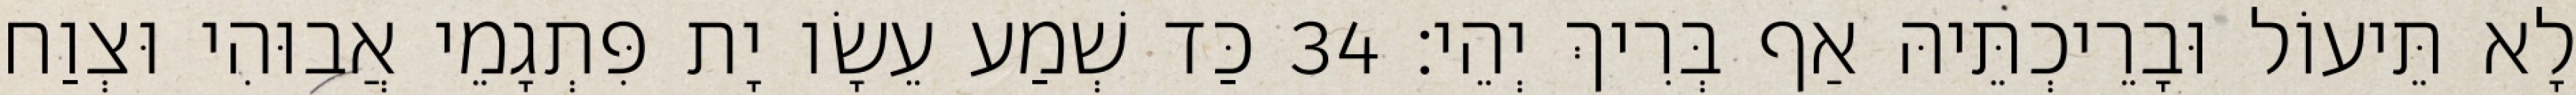
לָא תֵּיעוֹל וּבָרֵיכְתֵּיהּ אַף בְּרִיךְ יְהֵי׃ 34 כַּד שְׁמַע עֵשָׂו יָת פִּתְגָמֵי אֲבוּהִי וּצְוַח